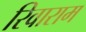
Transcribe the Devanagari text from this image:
रिवाराम